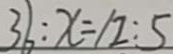
3 6 : x = 1 2 : 5